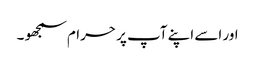
اور اسے اپنے آپ پر حرام سمجھو ۔